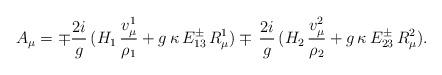
LaTeX: \begin{align*}A_\mu=\mp{2i\over g}\,(H_1\,{v_\mu^1\over\rho_1}+g\,\kappa\,E_{13}^\pm\,R^1_\mu)\mp\,{2i\over g}\,(H_2\,{v_\mu^2\over\rho_2}+g\,\kappa\,E_{23}^\pm\,R^2_\mu).\end{align*}